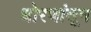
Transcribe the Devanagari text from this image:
धोरणांतून